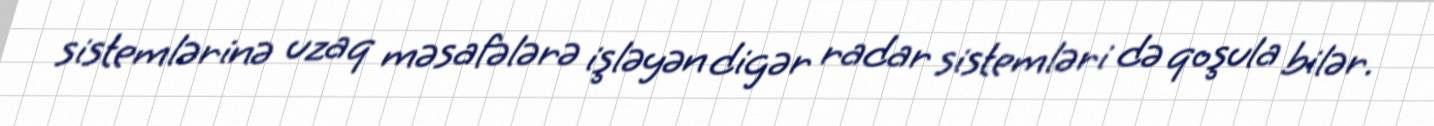
sistemlərinə uzaq məsafələrə işləyən digər radar sistemləri də qoşula bilər.